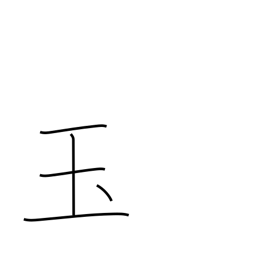
Meaning: jewel